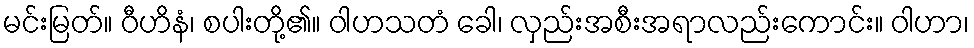
မင်းမြတ်။ ဝီဟိနံ၊ စပါးတို့၏။ ဝါဟသတံ ခေါ၊ လှည်းအစီးအရာလည်းကောင်း။ ဝါဟာ၊